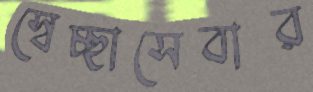
স্বেচ্ছাসেবার